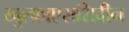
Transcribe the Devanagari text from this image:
खुल्फ़ाएराशिदीन